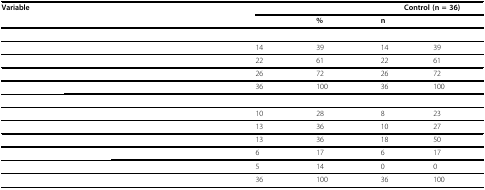
<table><thead><tr><td><b>Variable</b></td><td colspan="2">[EMPTY_CELL]</td><td colspan="2"><b>Control (n = 36)</b></td></tr><tr><td>[EMPTY_CELL]</td><td>[EMPTY_CELL]</td><td><b>%</b></td><td><b>n</b></td><td>[EMPTY_CELL]</td></tr></thead><tbody><tr><td>[EMPTY_CELL]</td><td>[EMPTY_CELL]</td><td>[EMPTY_CELL]</td><td>[EMPTY_CELL]</td><td>[EMPTY_CELL]</td></tr><tr><td>[EMPTY_CELL]</td><td>14</td><td>39</td><td>14</td><td>39</td></tr><tr><td>[EMPTY_CELL]</td><td>22</td><td>61</td><td>22</td><td>61</td></tr><tr><td>[EMPTY_CELL]</td><td>26</td><td>72</td><td>26</td><td>72</td></tr><tr><td>[EMPTY_CELL]</td><td>36</td><td>100</td><td>36</td><td>100</td></tr><tr><td>[EMPTY_CELL]</td><td>[EMPTY_CELL]</td><td>[EMPTY_CELL]</td><td>[EMPTY_CELL]</td><td>[EMPTY_CELL]</td></tr><tr><td>[EMPTY_CELL]</td><td>10</td><td>28</td><td>8</td><td>23</td></tr><tr><td>[EMPTY_CELL]</td><td>13</td><td>36</td><td>10</td><td>27</td></tr><tr><td>[EMPTY_CELL]</td><td>13</td><td>36</td><td>18</td><td>50</td></tr><tr><td>[EMPTY_CELL]</td><td>6</td><td>17</td><td>6</td><td>17</td></tr><tr><td>[EMPTY_CELL]</td><td>5</td><td>14</td><td>0</td><td>0</td></tr><tr><td>[EMPTY_CELL]</td><td>36</td><td>100</td><td>36</td><td>100</td></tr></tbody></table>